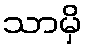
သာမှိ